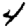
Digit: 4